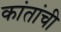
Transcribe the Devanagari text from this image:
कांतांची